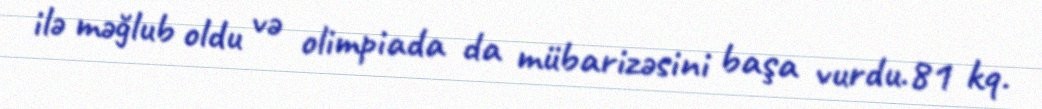
ilə məğlub oldu və olimpiada da mübarizəsini başa vurdu.81 kq.